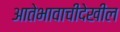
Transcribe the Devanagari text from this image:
आतेभावाचीदेखील